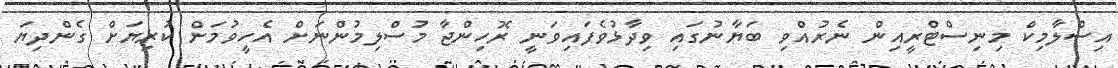
އިސްލާމިކް މިނިސްޓްރީއިން ނެރުއްވި ބަޔާނުގައި ވިދާޅުވެފައިވަނީ ރޮހިންޖާ މުސްލިމުންނަށް އެހީވުމަށް ކުރިޔަށް ގެންދިޔަ